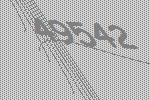
49542